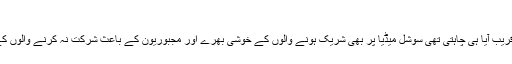
آمین
ہر جانب اجتماع عام کا شور تھا بس تاریخ قریب آیا ہی چاہتی تھی سوشل میڈیا پر بھی شریک ہونے والوں کے خوشی بھرے اور مجبوریون کے باعث شرکت نہ کرنے والوں کے افسردہ سٹیٹس پڑھنے کو مل رہے تھے ۔